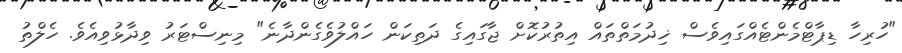
"ހުރިހާ ޑިޕާޓްމެންޓެއްގައިވެސް ޚިދުމަތްތައް އިތުރުކޮށް ޖާގައިގެ ދަތިކަން ހައްލުވެގެންދާނެ" މިނިސްޓަރު ވިދާޅުވިއެވެ. ހެލްތު